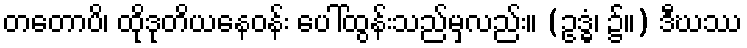
တတောပိ၊ ထိုဒုတိယနေဝန်း ပေါ်ထွန်းသည်မှလည်း။ (ဥဒ္ဓံ၊ ၌။) ဒီဃဿ